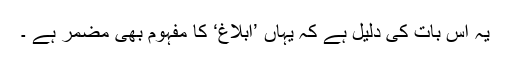
یہ اِس بات کی دلیل ہے کہ یہاں ’ابلاغ‘ کا مفہوم بھی مضمر ہے ۔